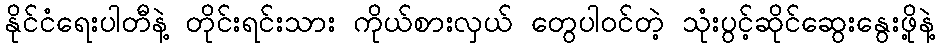
နိုင်ငံရေးပါတီနဲ့ တိုင်းရင်းသား ကိုယ်စားလှယ် တွေပါဝင်တဲ့ သုံးပွင့်ဆိုင်ဆွေးနွေးဖို့နဲ့